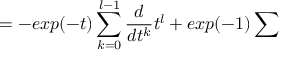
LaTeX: = - e x p ( - t ) \sum _ { k = 0 } ^ { l - 1 } \frac { d } { d t ^ { k } } t ^ { l } + e x p ( - 1 ) \sum